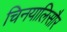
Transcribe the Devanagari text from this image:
चिनयालिसौर